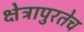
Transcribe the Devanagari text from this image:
क्षेत्रापुरतेच